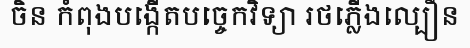
ចិន កំពុងបង្កើតបច្ចេកវិទ្យា រថភ្លើងល្បឿន